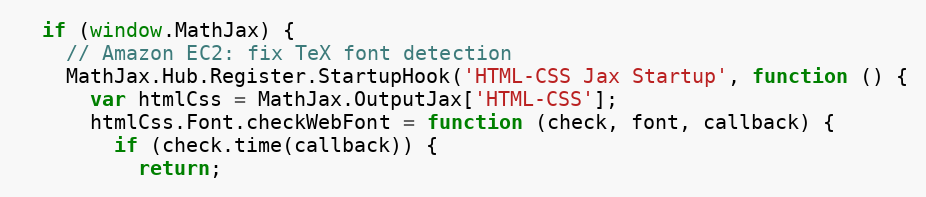
Language: JavaScript
  if (window.MathJax) {
    // Amazon EC2: fix TeX font detection
    MathJax.Hub.Register.StartupHook('HTML-CSS Jax Startup', function () {
      var htmlCss = MathJax.OutputJax['HTML-CSS'];
      htmlCss.Font.checkWebFont = function (check, font, callback) {
        if (check.time(callback)) {
          return;